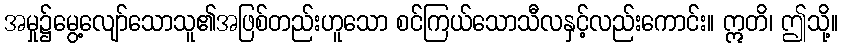
အမှု၌မွေ့လျော်သောသူ၏အဖြစ်တည်းဟူသော စင်ကြယ်သောသီလနှင့်လည်းကောင်း။ ဣတိ၊ ဤသို့။